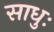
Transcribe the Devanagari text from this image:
साधुः